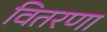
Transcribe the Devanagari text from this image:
वितरणा